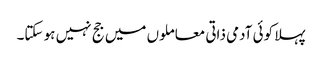
پہلا کوئی آدمی ذاتی معاملوں میں جج نہیں ہو سکتا۔